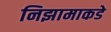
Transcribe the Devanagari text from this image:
निझामाकडे